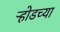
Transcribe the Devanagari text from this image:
ऱ्होडच्या